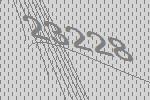
23228